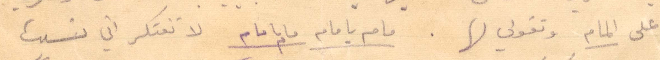
على المام وتقولي لها. مام يا مام مام يا مام لا تفتكر اني نسيت